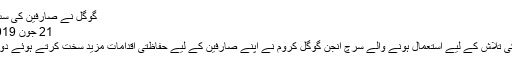
گوگل نے صارفین کی سب سے بڑی مشکل آسان کر دی
21 جون 2019 (19:33) 2019-06-21
نیویارک:انٹرنیٹ پر معلومات کی تلاش کے لیے استعمال ہونے والے سرچ انجن گوگل کروم نے اپنے صارفین کے لیے حفاظتی اقدامات مزید سخت کرتے ہوئے دو نئے فیچر متعارف کرائے ہیں۔